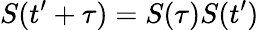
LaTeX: {\mathbf\cal S}(t^{\prime}+\tau)={\mathbf\cal S}(\tau){\mathbf\cal S}(t^{\prime})